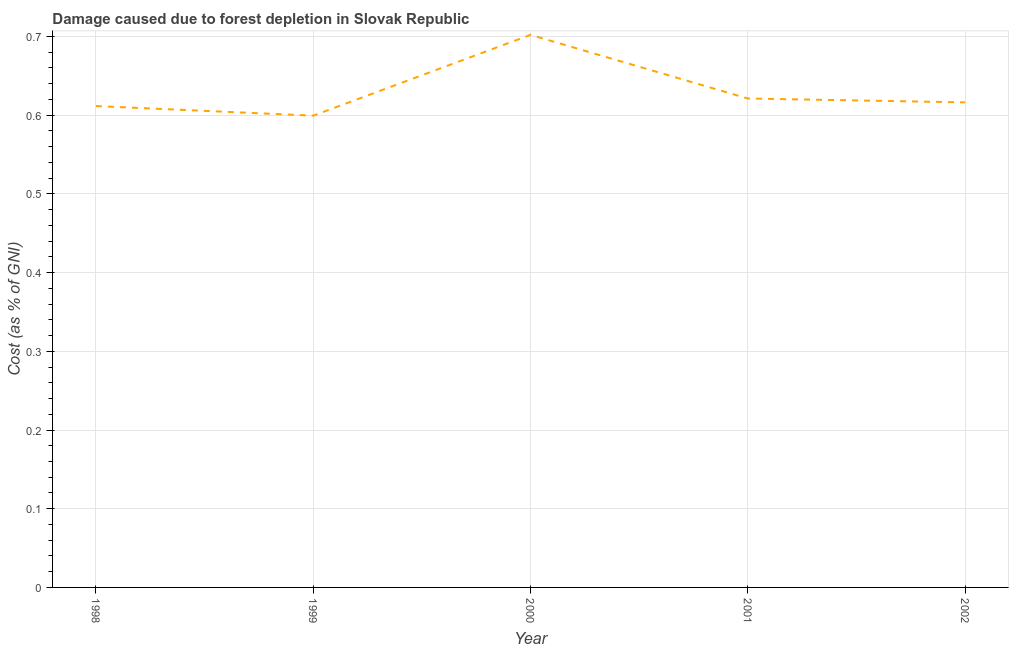
| Year | net forest depletion |
 | --- | --- |
 | 1998 | 0.612 |
 | 1999 | 0.599 |
 | 2000 | 0.702 |
 | 2001 | 0.621 |
 | 2002 | 0.616 |